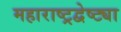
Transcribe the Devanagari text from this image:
महाराष्ट्रद्वेष्ट्या